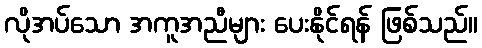
လိုအပ်သော အကူအညီများ ပေးနိုင်ရန် ဖြစ်သည်။